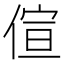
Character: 𠊿